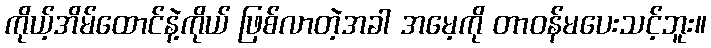
ကိုယ့်အိမ်ထောင်နဲ့ကိုယ် ဖြစ်လာတဲ့အခါ အမေ့ကို တာဝန်မပေးသင့်ဘူး။